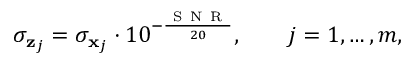
\sigma _ { \mathbf { z } _ { j } } = \sigma _ { \mathbf { x } _ { j } } \cdot 1 0 ^ { - \frac { \mathrm { ~ S ~ N ~ R ~ } } { 2 0 } } , \qquad j = 1 , \dotsc , m ,